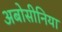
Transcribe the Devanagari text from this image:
अबोसीनिया